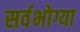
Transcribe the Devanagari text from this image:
सर्वभोग्या